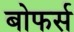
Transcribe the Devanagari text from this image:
बोफर्स